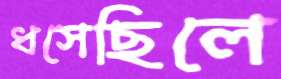
ধসেছিলে